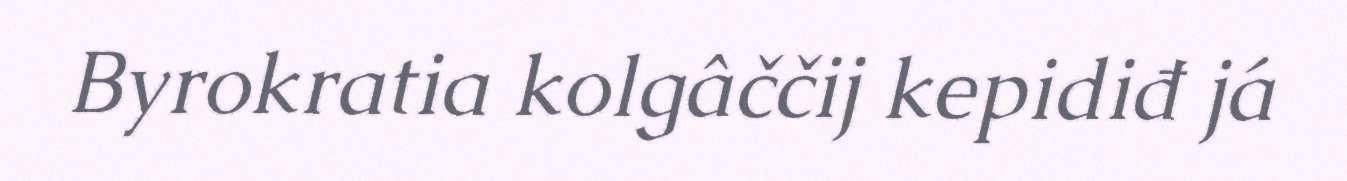
Byrokratia kolgâččij kepidiđ já